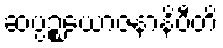
ဆပ္ပဉ္စယောဇနာနိပီတိ